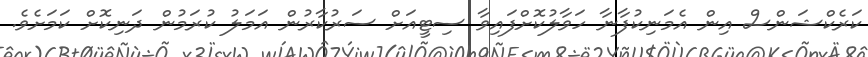
ކަރެކްޝަންސް އިން އެމަނިކުފާނާ ހަވާލުކޮށްފައިވާ ސިޓީއަށް ސަރުކާރުން އަމަލު ކުރަމުން ދަނިކޮށް ކަމަށެވެ.